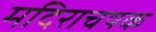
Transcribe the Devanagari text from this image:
मदिराचषक